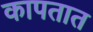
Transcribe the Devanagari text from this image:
कापतात